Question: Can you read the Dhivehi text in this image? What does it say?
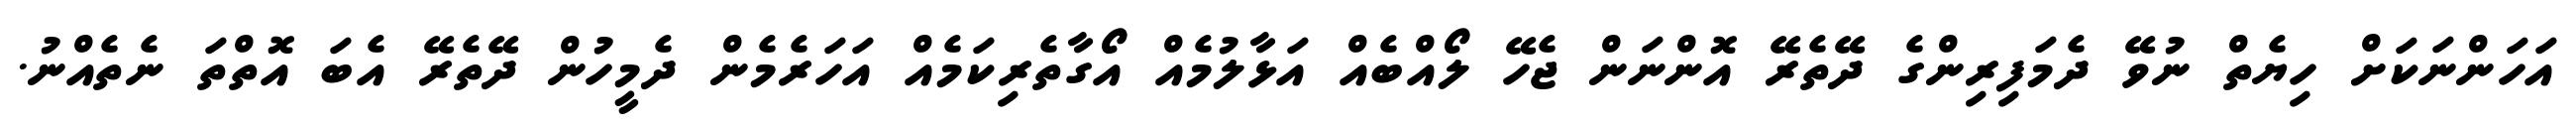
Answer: އަހަންނަކަށް ހިޔެތް ނުވޭ ދެމަފިރިންގެ ދޭތެރޭ އޮންނަން ޖެހޭ ލޯއްބެއް އަޅާލުމެއް އޯގާތެރިކަމެއް އަހަރެމެން ދެމީހުން ދޭތެރޭ އެބަ އޮތްތަ ނެތެއްނު.